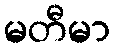
မတီမာ